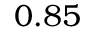
0 . 8 5